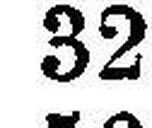
32